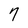
Character: 7